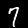
Digit: 7